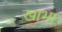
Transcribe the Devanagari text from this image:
खाभा